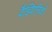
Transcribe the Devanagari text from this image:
वैज्ञ्यिानिकों